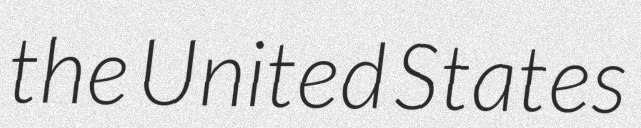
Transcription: the United States